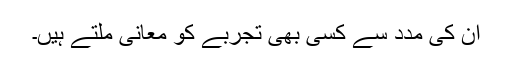
ان کی مدد سے کسی بھی تجربے کو معانی ملتے ہیں۔